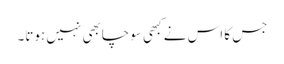
جس کا اس نے کبھی سوچابھی نہیں ہوتا۔